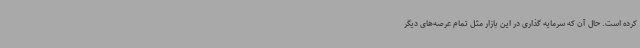
کرده است. حال آن که سرمایه گذاری در این بازار مثل تمام عرصه‌های دیگر